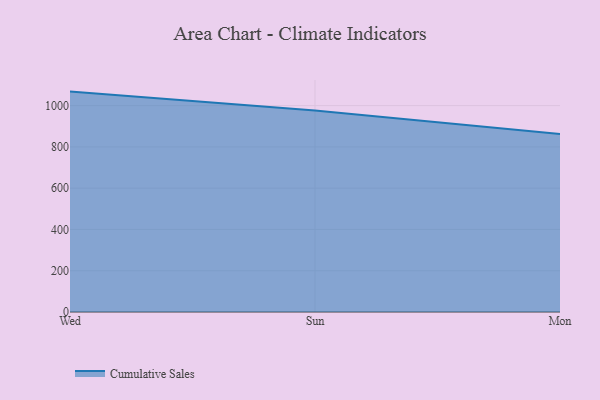
{"axis": {"x": "Day", "y": "Revenue (USD Million)"}, "legend": ["Cumulative Sales"], "data": [{"x": "Wed", "y": 1068.0, "type": "Cumulative Sales"}, {"x": "Sun", "y": 976.2, "type": "Cumulative Sales"}, {"x": "Mon", "y": 862.7, "type": "Cumulative Sales"}]}